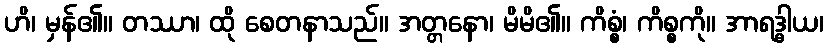
ဟိ၊ မှန်၏။ တဿာ၊ ထို စေတနာသည်။ အတ္တနော၊ မိမိ၏။ ကိစ္စံ၊ ကိစ္စကို။ အာရဒ္ဓါယ၊